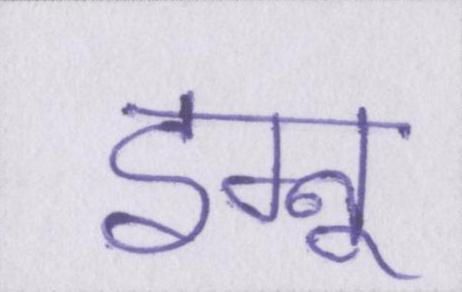
इग्नू